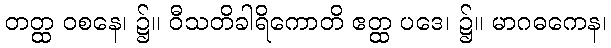
တတ္ထ ဝစနေ၊ ၌။ ဝီသတိခါရိကောတိ ဧတ္ထ ပဒေ၊ ၌။ မာဂဓကေန၊